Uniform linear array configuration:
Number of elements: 32
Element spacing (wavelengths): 1
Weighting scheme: kaiser
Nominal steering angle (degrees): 15
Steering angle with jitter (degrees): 13.573
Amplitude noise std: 0.05
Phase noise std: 0.05

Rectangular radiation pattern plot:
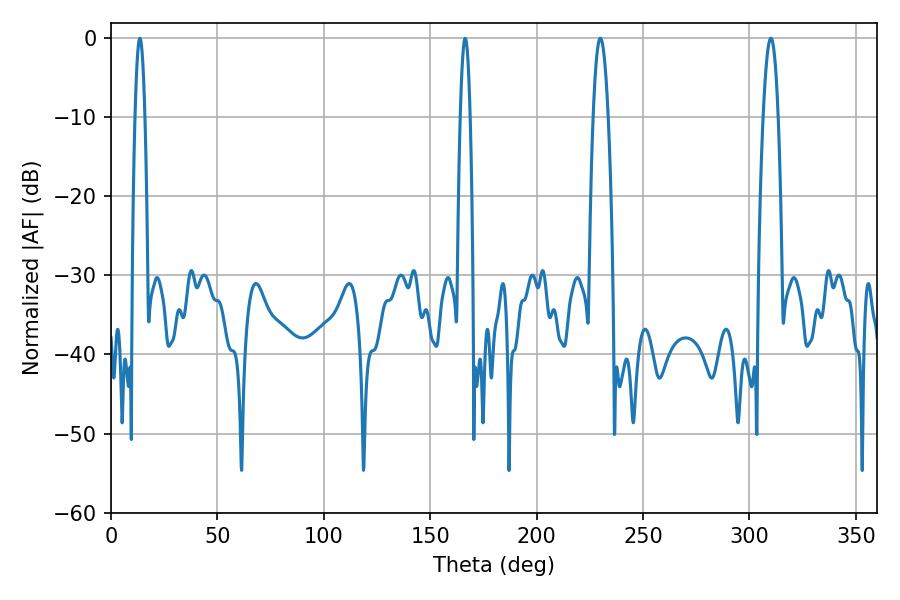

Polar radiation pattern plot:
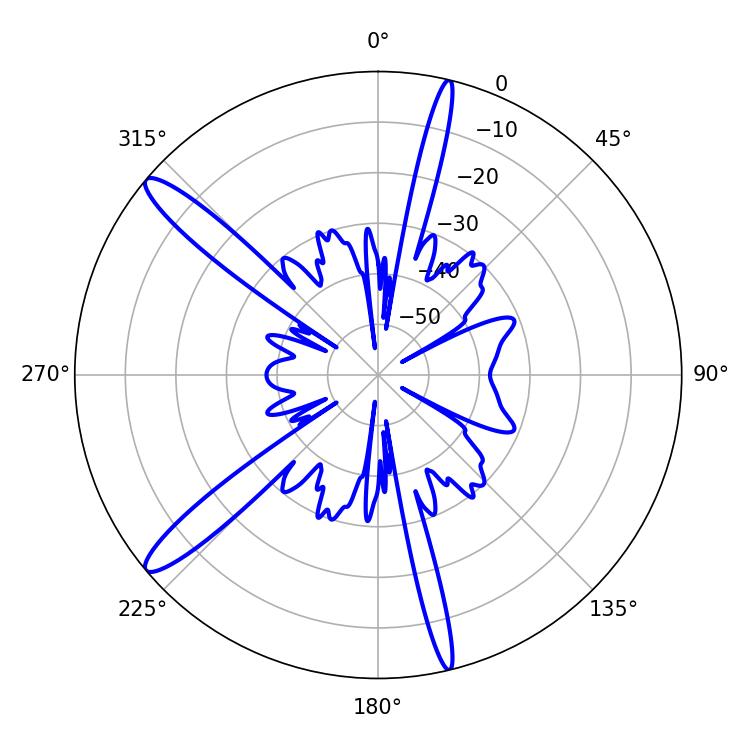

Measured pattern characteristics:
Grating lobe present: TRUE
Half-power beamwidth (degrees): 3.78
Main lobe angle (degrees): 310.14